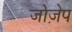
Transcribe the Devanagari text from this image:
जोज़ेप